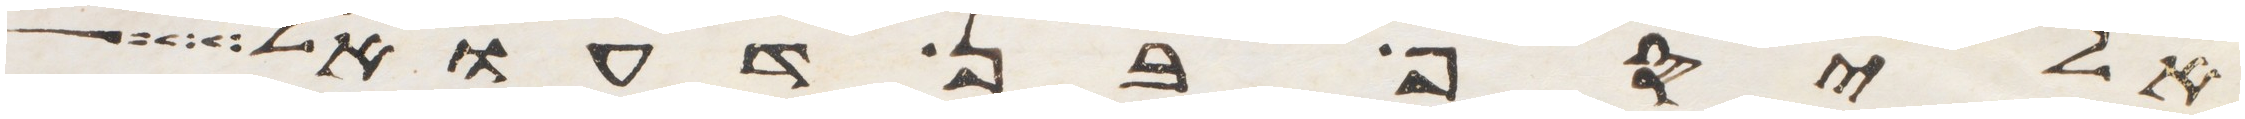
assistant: אליסף בן דעואל